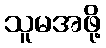
သူမအဖို့